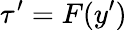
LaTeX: \tau^{\prime}=F(y^{\prime})